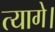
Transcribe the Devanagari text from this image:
त्यागे।